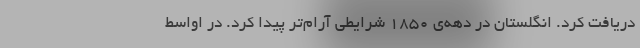
دریافت کرد. انگلستان در دهه‌ی ۱۸۵۰ شرایطی آرام‌تر پیدا کرد. در اواسط